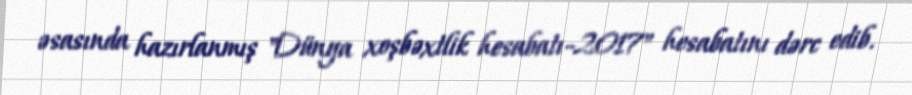
əsasında hazırlanmış "Dünya xoşbəxtlik hesabatı-2017" hesabatını dərc edib.